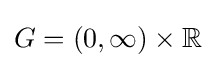
G=(0,\infty )\times \mathbb {R}